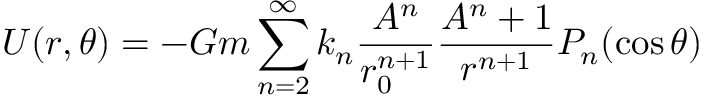
{ \cal { { U } ( r , \theta ) } } = - G m \sum _ { n = 2 } ^ { \infty } k _ { n } { \frac { A ^ { n } } { r _ { 0 } ^ { n + 1 } } } { \frac { A ^ { n } + 1 } { r ^ { n + 1 } } } P _ { n } ( \cos \theta )